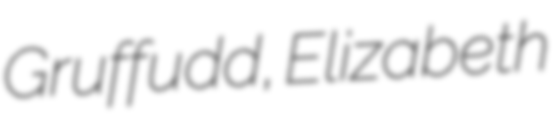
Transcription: Gruffudd, Elizabeth